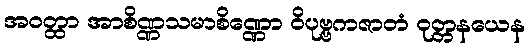
အဝတ္ထာ အာစိဏ္ဏသမာစိဏ္ဏော ဝိပုဗ္ဗကဇာတံ ဝုတ္တနယေန